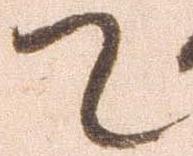
て